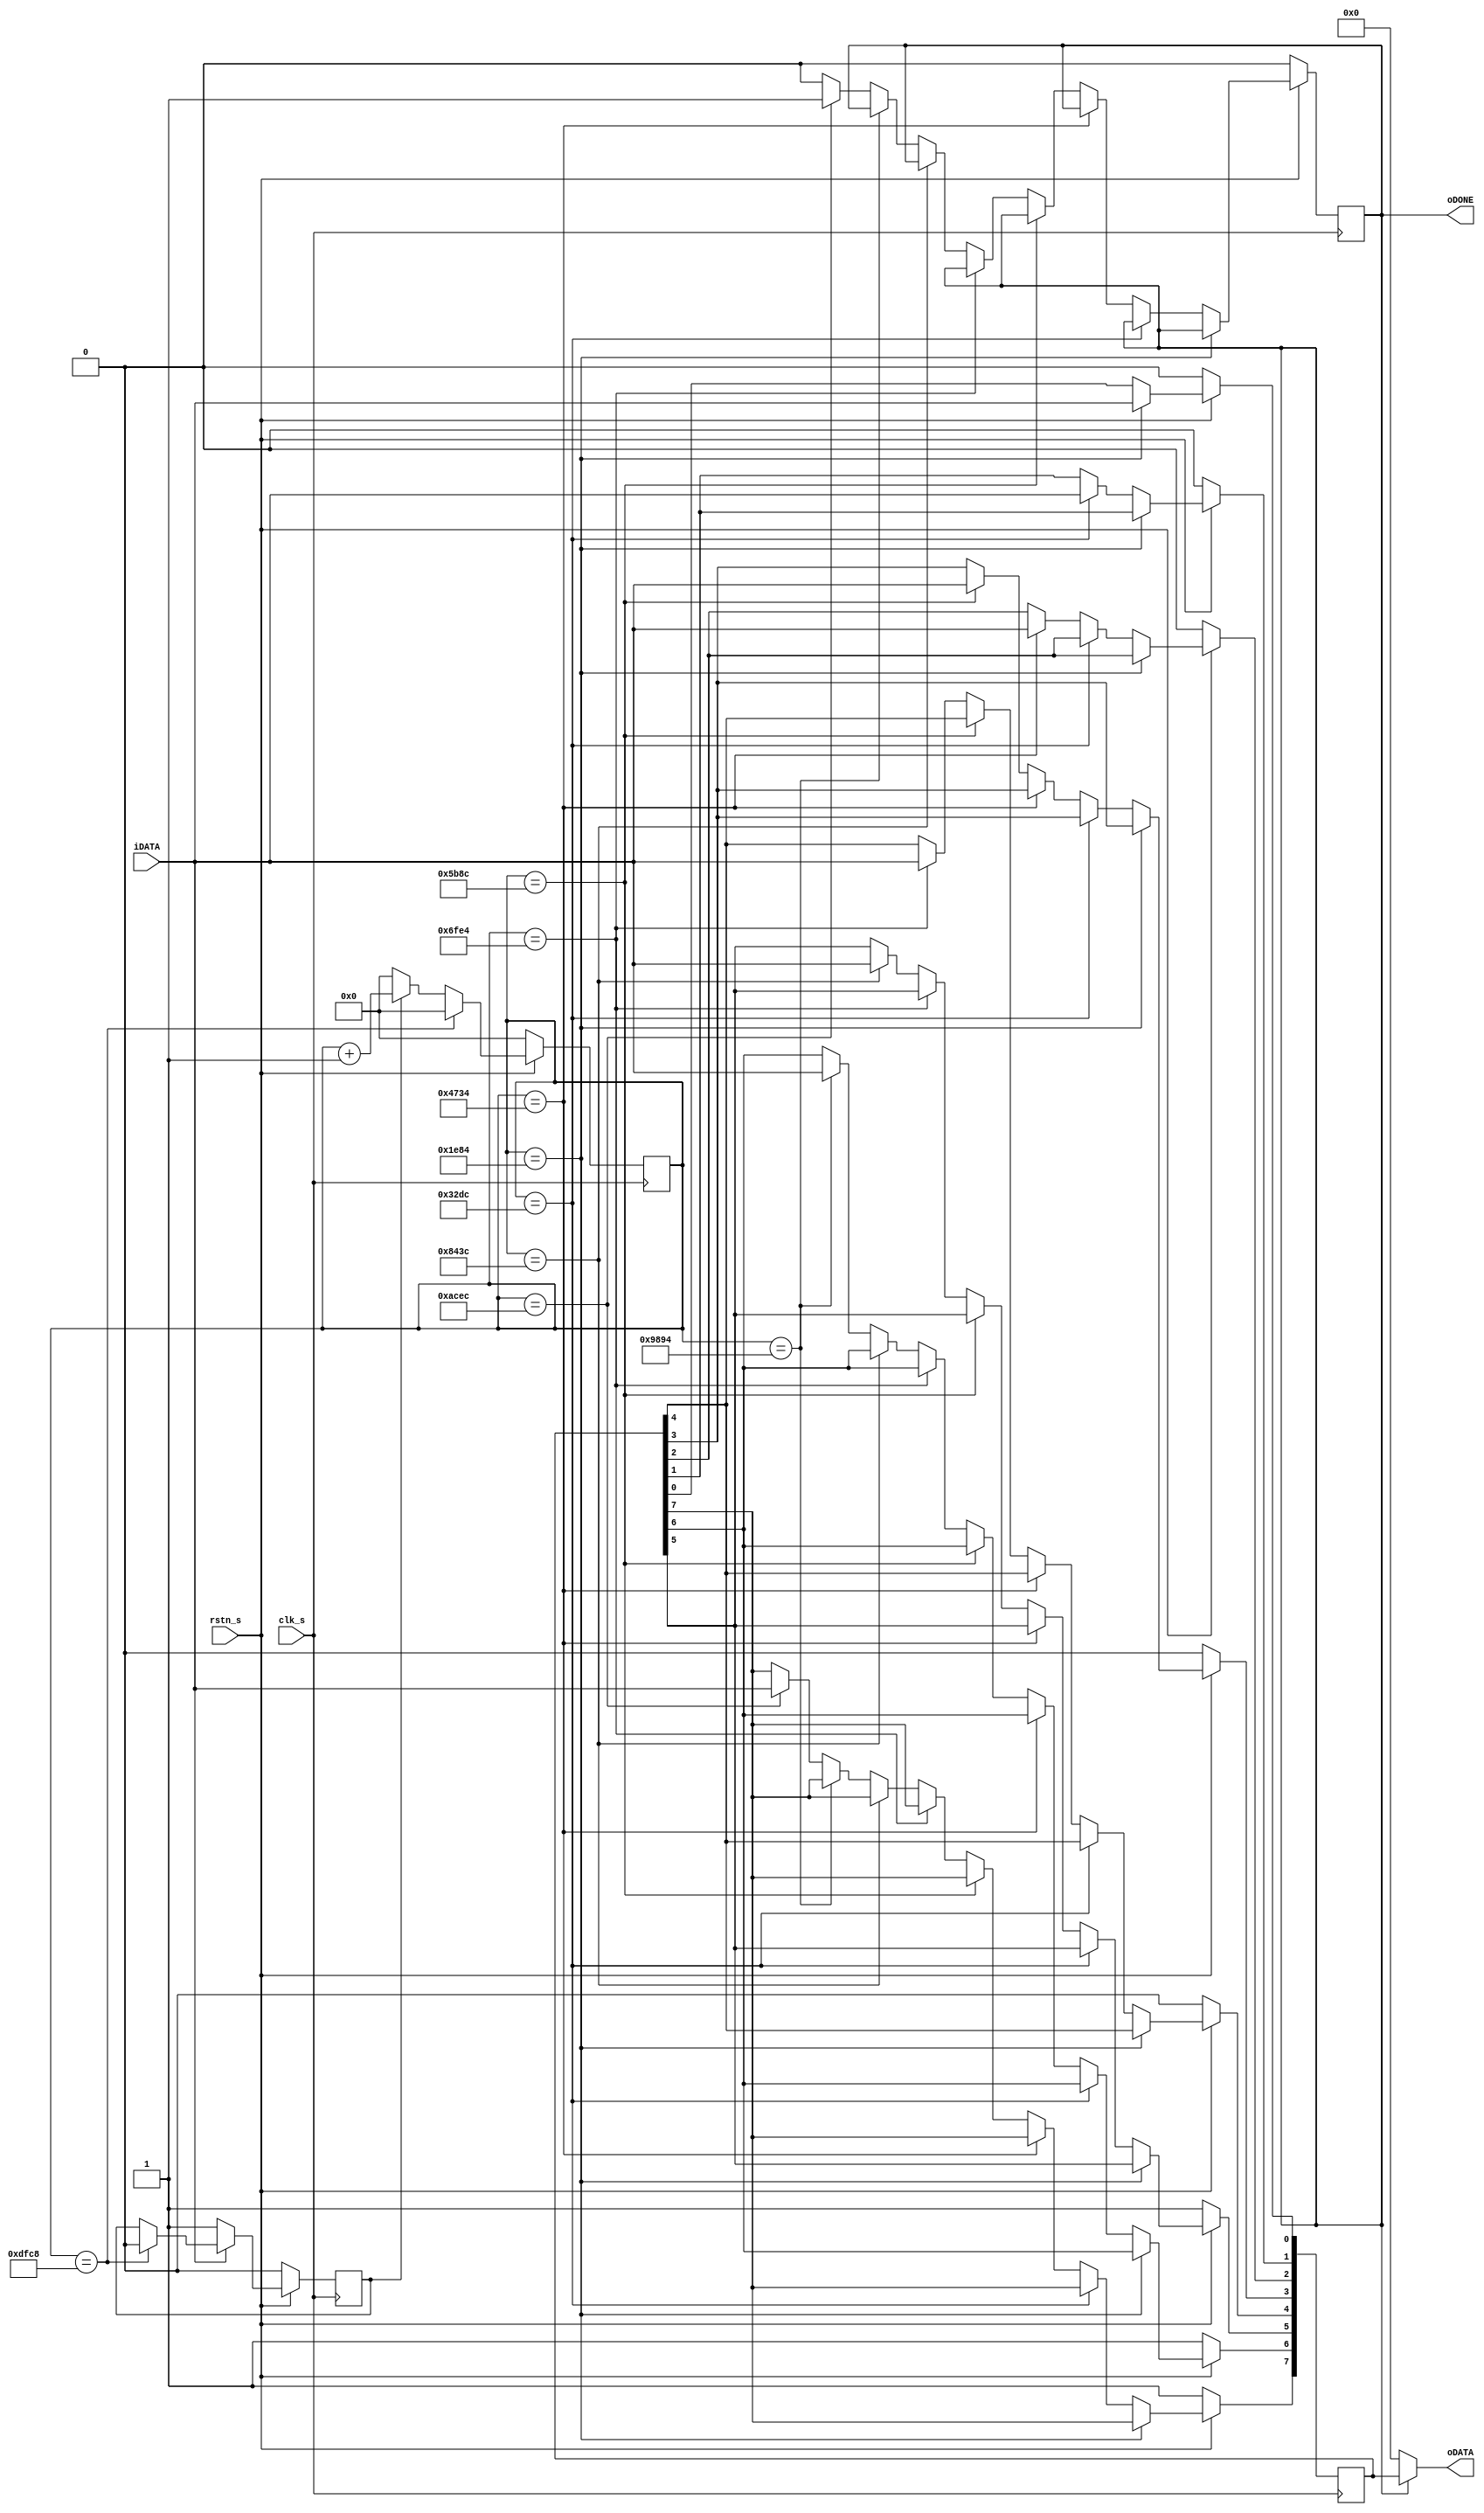
module rx_rs232
(
	input				clk_s	,		
	input				rstn_s	,		
	input				iDATA	,
	output		[ 7:0]	oDATA	,
	output				oDONE			//1Frame finish oDONE=1
);
//9600bps 	143MHz 	clkNUM_bit=(1/9600)/7ns		=	14881
//9600bps	100MHz	clkNUM_bit=(1/9600)/10ns	=	10417
//9600bps	 50MHz	clkNUM_bit=(1/9600)/20ns	=	5208
localparam		clkNUM_bit		=	5208	;
//=============== SIM =====================================
// localparam		clkNUM_bit		=	12		;	//12 clk/bit for SIM
//=========================================================
//UART 0-START [1:8]-DATA 9-EVEN/OOD 10-STOP
//PS:9-EVEN/OOD ALWAYS 1
//Frame: 1F=(1/9600)*11=0.0011458s
localparam		clkNUM_frame	=	clkNUM_bit*11	;
reg				D_sig		;	//Detect signal
reg				F_sig		;	//Finish signal
reg		[17:0]	CNT_frame	;	//163691 clk/frame
reg		[ 7:0]	REG_DATA	;
//============== Detect Signal ============================
always@(posedge clk_s)
begin
	if(!rstn_s)
		D_sig	<=	1'b0	;
	else if(!iDATA)		//I detect U
		D_sig	<=	1'b1	;
	else if(CNT_frame==clkNUM_frame)
		D_sig	<=	1'b0	;
end 
//============= CNT_frame =================================
always@(posedge clk_s)
begin
	if(!rstn_s)
		CNT_frame	<=	18'd0	;
	else if(CNT_frame==clkNUM_frame)
		CNT_frame	<=	18'd0	;
	else if(D_sig)
		CNT_frame	<=	CNT_frame + 1'd1	;
	else
		CNT_frame	<=	18'd0	;
end
//============ REG_DATA ===================================
always@(posedge clk_s)
begin
	if(!rstn_s)
		begin
			REG_DATA	<=	8'he0	;
			F_sig		<=	1'b0	;
		end
	else if(CNT_frame == clkNUM_bit/2*3)	//1bit data
		REG_DATA[0]	<=	iDATA	;
	else if(CNT_frame == clkNUM_bit/2*5)	//2bit data
		REG_DATA[1]	<=	iDATA	;
	else if(CNT_frame == clkNUM_bit/2*7)	//3bit data
		REG_DATA[2]	<=	iDATA	;
	else if(CNT_frame == clkNUM_bit/2*9)	//4bit data
		REG_DATA[3]	<=	iDATA	;
	else if(CNT_frame == clkNUM_bit/2*11)	//5bit data
		REG_DATA[4]	<=	iDATA	;
	else if(CNT_frame == clkNUM_bit/2*13)	//6bit data
		REG_DATA[5]	<=	iDATA	;
	else if(CNT_frame == clkNUM_bit/2*15)	//7bit data
		REG_DATA[6]	<=	iDATA	;
	else if(CNT_frame == clkNUM_bit/2*17)	//8bit data
		begin
			REG_DATA[7]	<=	iDATA	;
			F_sig		<=	1'b1	;
		end
	else
		begin
			F_sig		<=	1'b0	;
		end
end
//============== ASSIGN ===================================
assign 	oDATA	=	(F_sig) ? REG_DATA : 8'h00	;
assign	oDONE	=	F_sig		;
endmodule